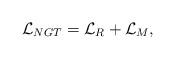
\begin{align*}{\cal L}_{NGT}={\cal L}_R+{\cal L}_M,\end{align*}